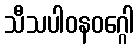
သီသပါဝနဝဂ္ဂေါ